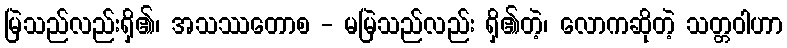
မြဲသည်လည်းရှိ၏၊ အသဿတောစ - မမြဲသည်လည်း ရှိ၏တဲ့၊ လောကဆိုတဲ့ သတ္တဝါဟာ